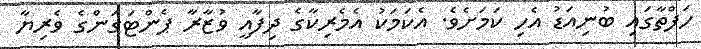
ހަފްތާގައި ބުނިއަޑު އެހި ކަމަށެވެ. އެކަމަކު އެމެރިކާގެ ދިފާއީ ވުޒާރާ ޕެންޓަގަންގެ ވެރިޔާ